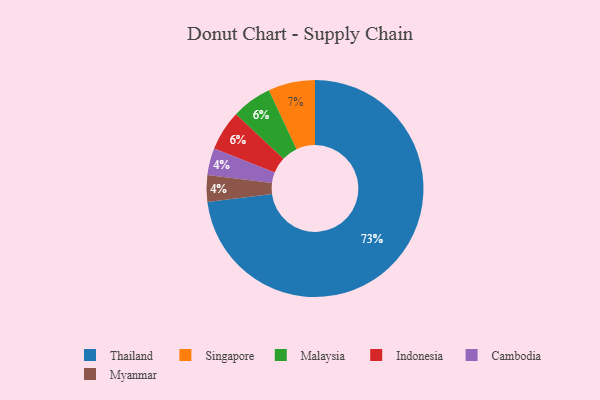
{"axis": {"x": "Category", "y": "Percentage"}, "legend": ["Cambodia", "Indonesia", "Malaysia", "Myanmar", "Singapore", "Thailand"], "data": [{"x": "Malaysia", "y": 6, "type": "Malaysia"}, {"x": "Thailand", "y": 73, "type": "Thailand"}, {"x": "Indonesia", "y": 6, "type": "Indonesia"}, {"x": "Cambodia", "y": 4, "type": "Cambodia"}, {"x": "Myanmar", "y": 4, "type": "Myanmar"}, {"x": "Singapore", "y": 7, "type": "Singapore"}]}